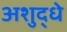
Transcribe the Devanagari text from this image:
अशुद्धे